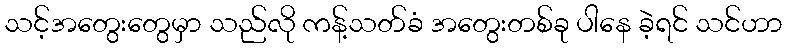
သင့်အတွေးတွေမှာ သည်လို ကန့်သတ်ခံ အတွေးတစ်ခု ပါနေ ခဲ့ရင် သင်ဟာ